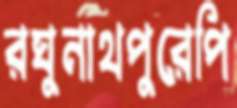
রঘুনাথপুরেপি